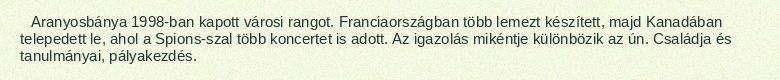
Aranyosbánya 1998-ban kapott városi rangot. Franciaországban több lemezt készített, majd Kanadában telepedett le, ahol a Spions-szal több koncertet is adott. Az igazolás mikéntje különbözik az ún. Családja és tanulmányai, pályakezdés.